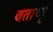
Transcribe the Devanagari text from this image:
बताव्युं